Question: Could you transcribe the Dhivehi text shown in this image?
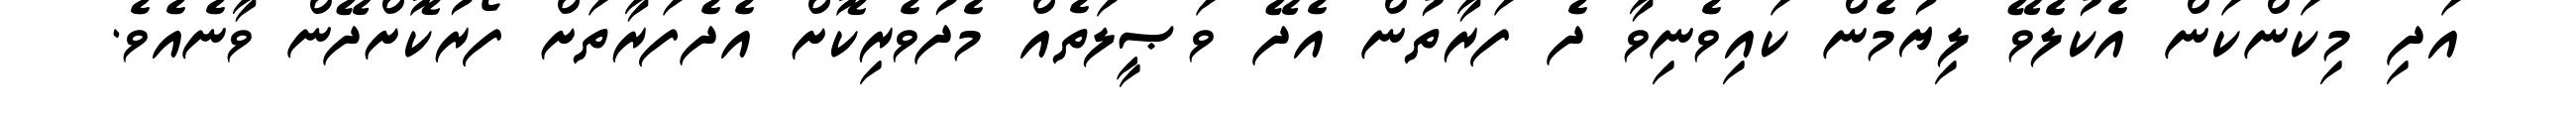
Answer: އަދި މިކަންކަން އެކުލެވޭ ލިޔުމެން ކައިވެނިވާ ދެ ފަރާތުން އެދޭ ވަޞީލަތެއް މެދުވެރިކޮށް އެދެފަރާތަށް ފޯރުކޮށްދޭން ވާނެއެވެ.